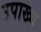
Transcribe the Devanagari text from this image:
उपाख्‍य